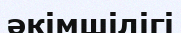
әкімшілігі